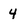
Character: 4